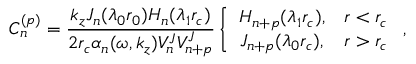
C _ { n } ^ { ( p ) } = \frac { k _ { z } J _ { n } ( \lambda _ { 0 } r _ { 0 } ) H _ { n } ( \lambda _ { 1 } r _ { c } ) } { 2 r _ { c } \alpha _ { n } ( \omega , k _ { z } ) V _ { n } ^ { J } V _ { n + p } ^ { J } } \left\{ \begin{array} { c c } { H _ { n + p } ( \lambda _ { 1 } r _ { c } ) , } & { r < r _ { c } } \\ { J _ { n + p } ( \lambda _ { 0 } r _ { c } ) , } & { r > r _ { c } } \end{array} \right. ,